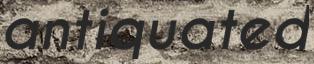
antiquated